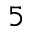
5